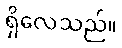
ရှိလေသည်။